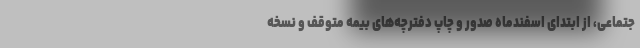
جتماعی، از ابتدای اسفندماه صدور و چاپ دفترچه‌های بیمه متوقف و نسخه